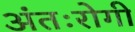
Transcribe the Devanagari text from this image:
अंतःरोगी